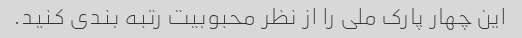
این چهار پارک ملی را از نظر محبوبیت رتبه بندی کنید.